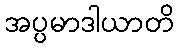
အပ္ပမာဒါယာတိ